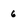
Character: 6